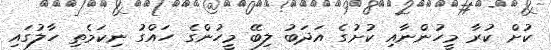
ކުށް ކުރާ މީހުންނާއި ކުށުގެ އަދަބު ލިބޭ މީހުންގެ ހައްގު ނިކަމެތި ހާލުގައި